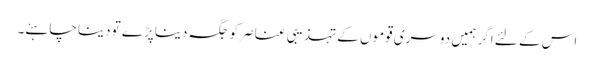
اس کے لئے اگر ہمیں دوسری قوموں کے تہذیبی عناصر کو جگہ دینا پڑے تو دینا چاہئے۔